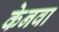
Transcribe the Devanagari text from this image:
केनवा